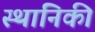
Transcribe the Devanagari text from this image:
स्थानिकी